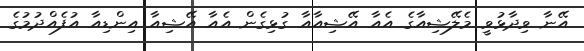
އޭނާ ވިދާޅުވީ މެލޭޝިއާގެ އެއާ އޭޝިއާއާ ގުޅިގެން އެއާ އޭޝިއާ އިންޑިއާ އުފެއްދުމުގެ